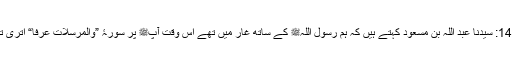
1499: سیدنا عبد اللہ بن مسعودؓ کہتے ہیں کہ ہم رسول اللہﷺ کے ساتھ غار میں تھے اس وقت آپﷺ پر سورۂ ”وَالْمُرْسَلَاتِ عُرْفًا“ اتری تھی۔